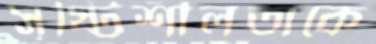
সৃষ্টিশীলতাকে